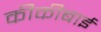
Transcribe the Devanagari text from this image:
कीकीबाई